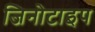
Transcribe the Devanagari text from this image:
जिनोटाइप